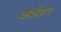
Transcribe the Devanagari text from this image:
कर्केतर